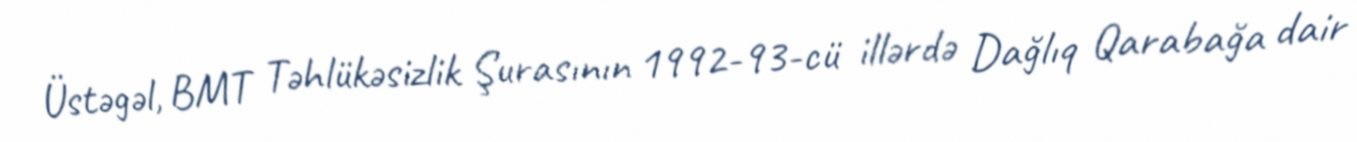
Üstəgəl, BMT Təhlükəsizlik Şurasının 1992-93-cü illərdə Dağlıq Qarabağa dair